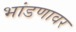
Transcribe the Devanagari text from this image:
भांडणावर